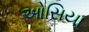
ઓસિયા